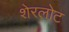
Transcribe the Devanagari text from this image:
शेरलोट